Leaving Certificate Examination (including Day School Certificate (Higher) General paper), 1933
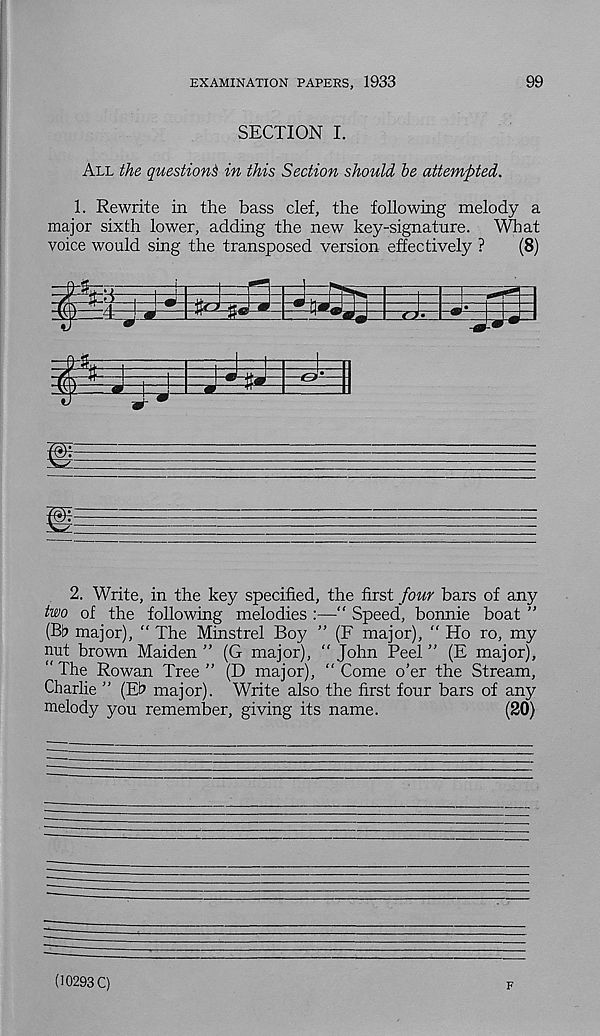
EXAMINATION PAPERS, 1933
99
SECTION I.
All the question^ in this Section should be attempted.
1. Rewrite in the bass clef, the following melody a
major sixth lower, adding the new key-signature. What
voice would sing the transposed version effectively ?
(8)
2. Write, in the key specified, the first four bars of any
two of the following melodies :—" Speed', bonnie boat ”
(Bfc> major), “ The Minstrel Boy ” (F major), " Ho ro, my
nut brown Maiden ” (G major), “ John Peel ” (E major),
“ The Rowan Tree ” (D major), “ Come o’er the Stream,
Charlie ” (Et> major). Write also the first four bars of any
melody you remember, giving its name.
(20)
(10293 C)
F